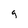
Character: g